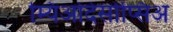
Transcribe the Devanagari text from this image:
म्यिओदेसोप्सिअ